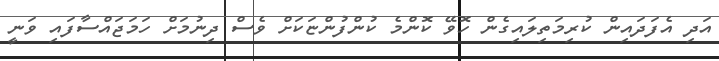
އަދި އެފަދައިން ކުރިމަތިލައިގެން ހޮވޭ ކޮންމެ ކުންފުންޏަކަށް ވެސް ދިނުމަށް ހަމަޖައްސާފައި ވަނީ